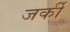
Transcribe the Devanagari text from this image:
जर्की